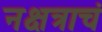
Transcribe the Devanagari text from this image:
नक्षत्राचं